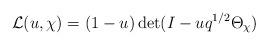
LaTeX: \begin{align*}\mathcal L(u,\chi) = (1-u) \det (I-uq^{1/2}\Theta_\chi)\end{align*}